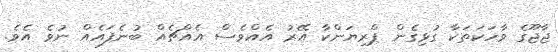
ޖާޖޫގެ ވާހަކަތަކާ ގުޅިގެން ޕްރިޔަންކާ އޭރު އެއްވެސް އެއްޗެއް ބުނެފައެއް ނުވެ އެވެ.